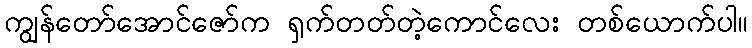
ကျွန်တော်အောင်ဇော်က ရှက်တတ်တဲ့ကောင်လေး တစ်ယောက်ပါ။